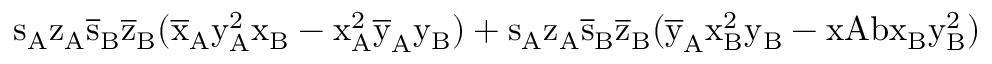
\mathrm { s _ { A } \mathrm { z _ { A } \mathrm { \overline { { s } } _ { B } \mathrm { \overline { { z } } _ { B } ( \mathrm { \overline { { x } } _ { A } \mathrm { y _ { A } ^ { 2 } \mathrm { x _ { B } - \mathrm { x _ { A } ^ { 2 } \mathrm { \overline { { y } } _ { A } \mathrm { y _ { B } ) + \mathrm { s _ { A } \mathrm { z _ { A } \mathrm { \overline { { s } } _ { B } \mathrm { \overline { { z } } _ { B } ( \mathrm { \overline { { y } } _ { A } \mathrm { x _ { B } ^ { 2 } \mathrm { y _ { B } - x A b \mathrm { x _ { B } \mathrm { y _ { B } ^ { 2 } ) } } } } } } } } } } } } } } } } } } }